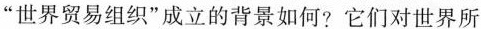
”世界贸易组织”成立的背景如何?它们对世界所